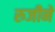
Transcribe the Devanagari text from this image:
रुजीने